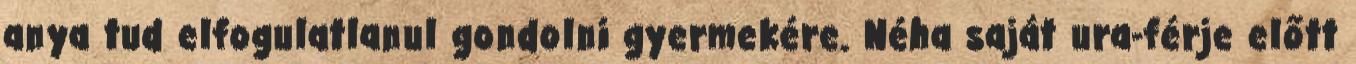
anya tud elfogulatlanul gondolni gyermekére. Néha saját ura-férje előtt